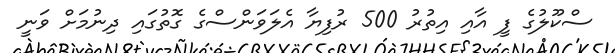
ސްކޫލުގެ ފީ އާއި އިތުރު 500 ރުފިޔާ އެލަވަންސްގެ ގޮތުގައި ދިނުމަށް ވަނީ